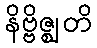
နိဗ္ဗိဇ္ဈတိ